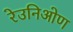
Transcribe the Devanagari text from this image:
रेउनिओण